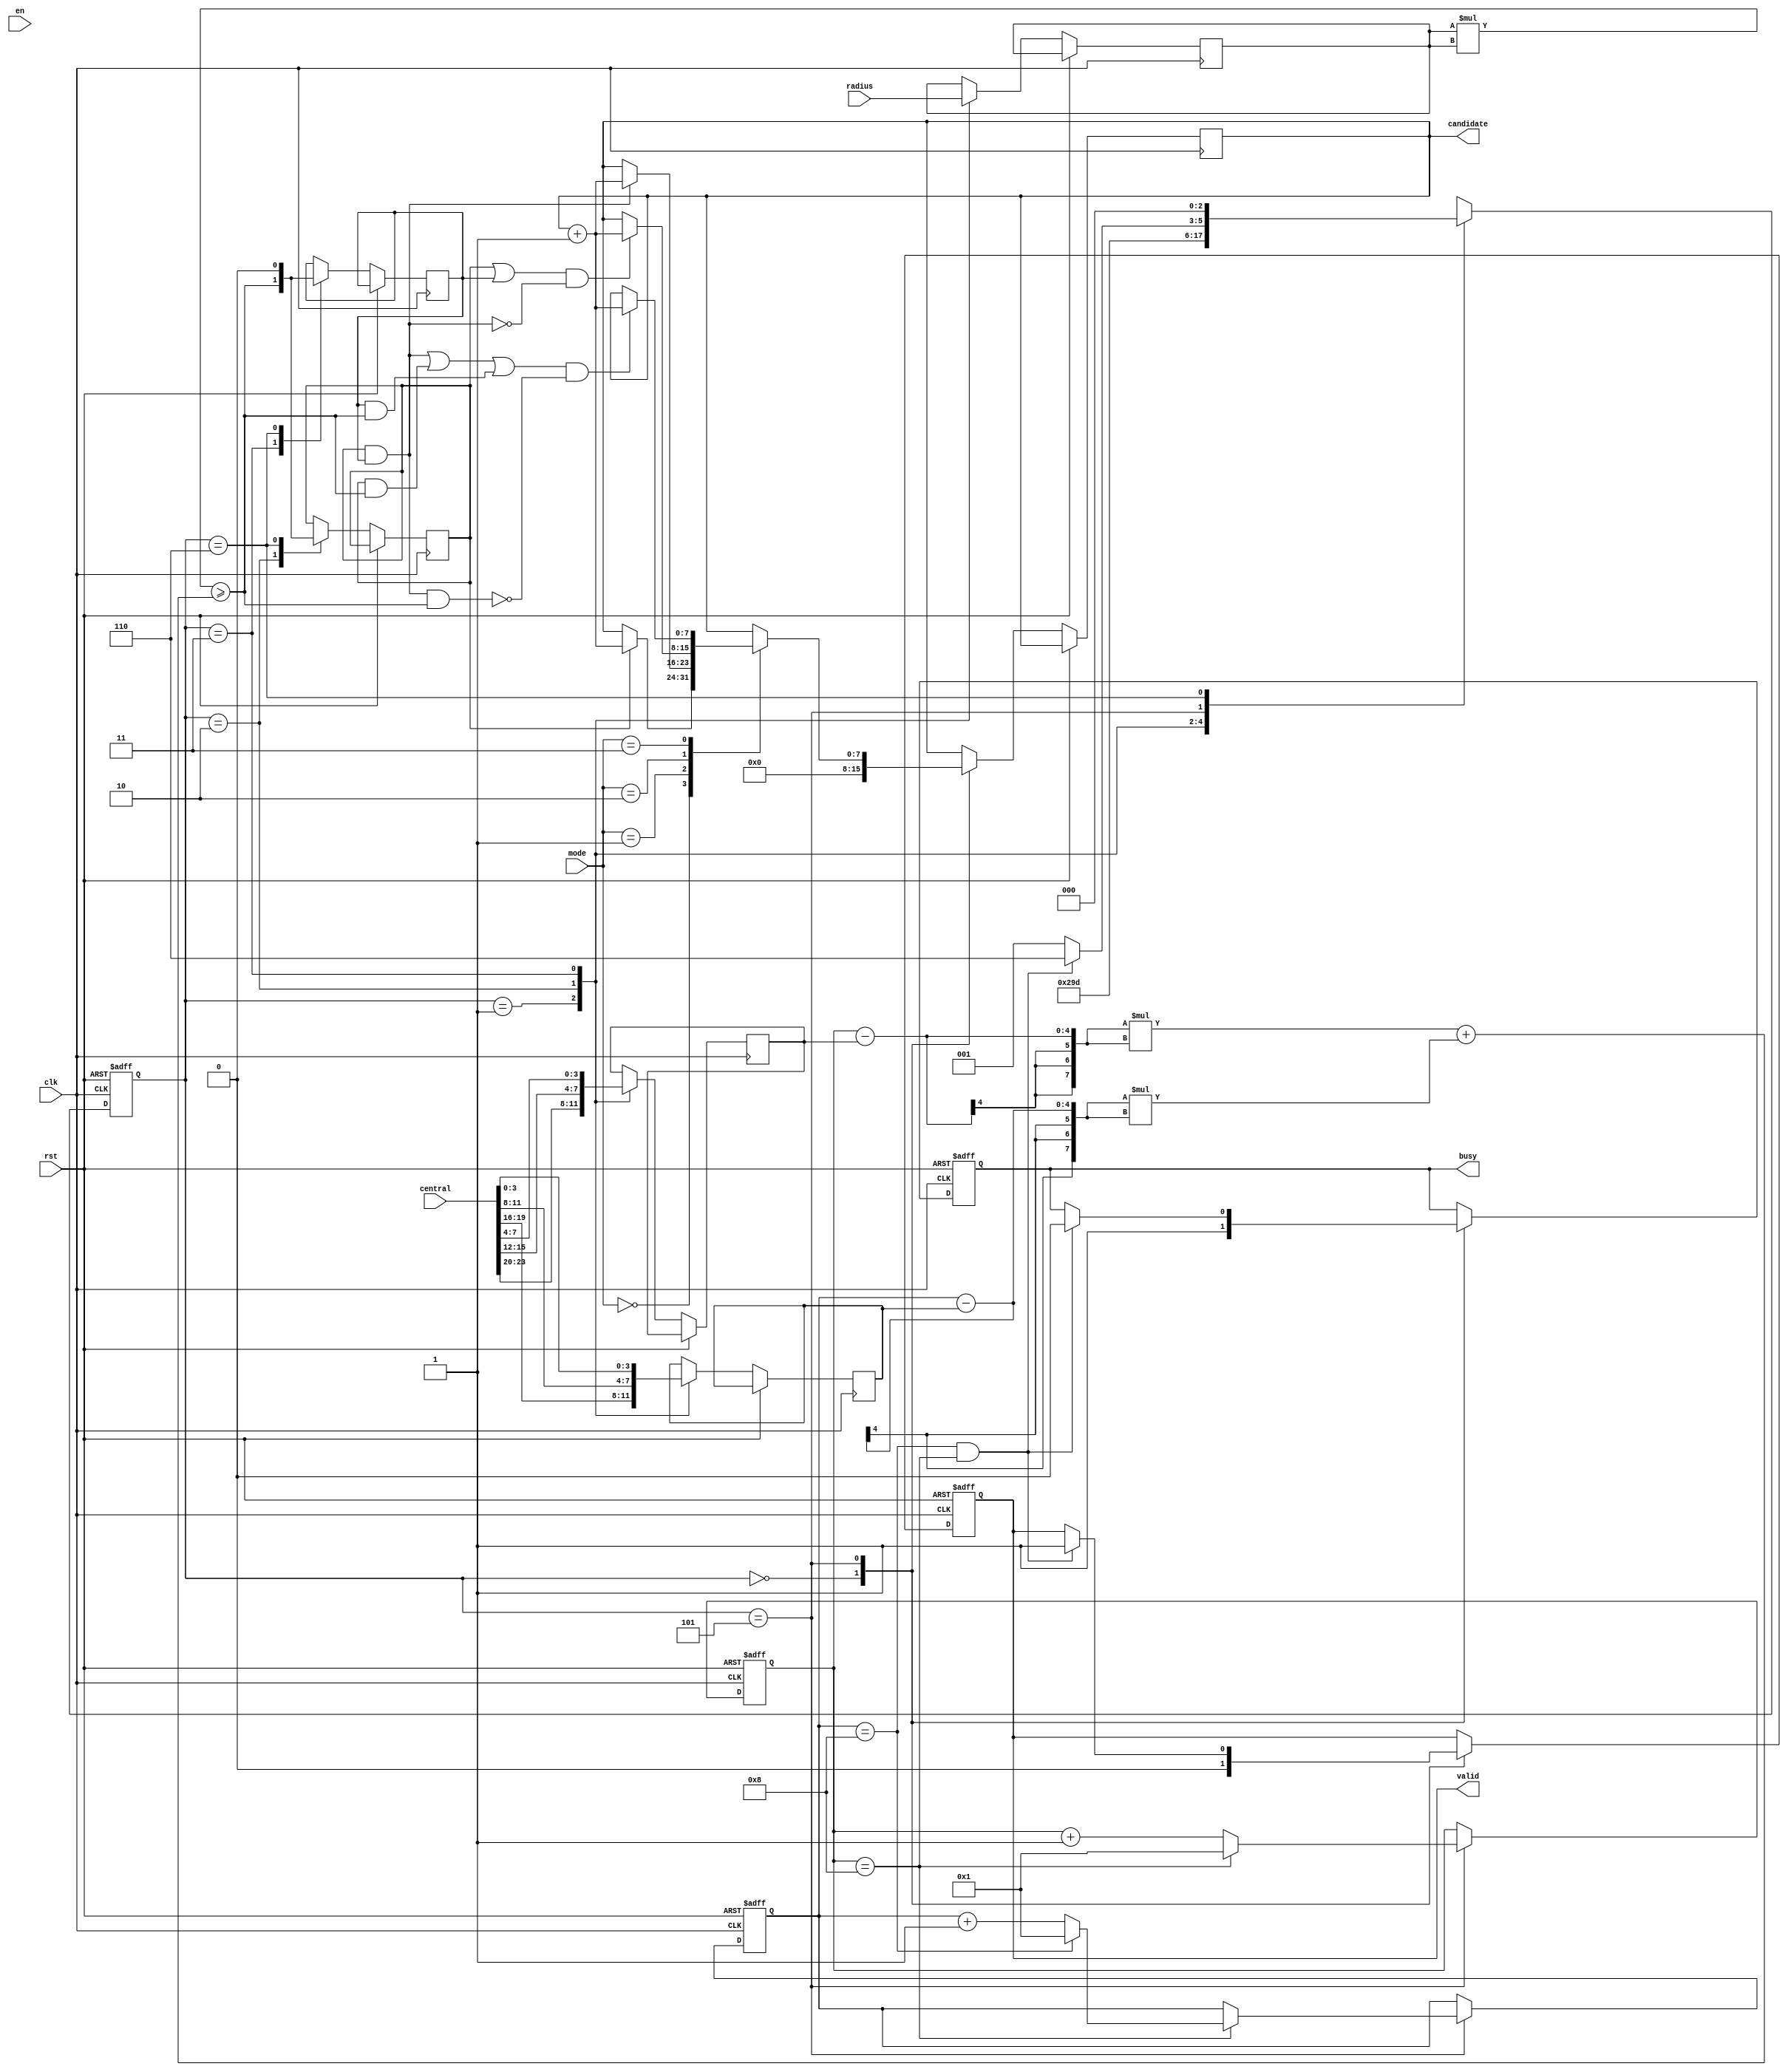
module SET ( clk , rst, en, central, radius, mode, busy, valid, candidate );

input clk, rst;
input en;
input [23:0] central;
input [11:0] radius;
input [1:0] mode;
output reg busy;
output reg valid;
output reg [7:0] candidate;

reg [2:0] nowState, nextState;
reg [3:0] nowX, nowY;

parameter ACCEPT_DATA   = 3'd0,
		  IN_1          = 3'd1,
		  IN_2          = 3'd2,
		  IN_3          = 3'd3,
		  IN_4          = 3'd4,
		  RESULT        = 3'd5,
		  BUFFER        = 3'd6;

reg  [3:0] Tx, Ty, Tr;
wire [7:0] part1 = (nowX-Tx);
wire [7:0] part2 = (nowY-Ty);
wire [7:0] distance = part1*part1 + part2*part2;
wire [7:0] RaSquare =  Tr * Tr;
 
wire In_en = (RaSquare>=distance);
reg InA, InB;

always@(posedge clk or posedge rst) begin
	if(rst)begin
		busy <= 0;
		nowX <= 1;
		nowY <= 1;
		valid <= 0;
		nowState <= ACCEPT_DATA;
	end
	else begin
		nowState <= nextState;
		case(nowState)
			ACCEPT_DATA:begin
				busy <= 1;
				valid <= 0;
				candidate <= 0;
			end
			IN_1:begin
				Tx <= central[23:20];
				Ty <= central[19:16];
				Tr <= radius [11:8 ];
			end
			IN_2:begin
				Tx <= central[15:12];
				Ty <= central[11:8 ];
				Tr <= radius [7 :4 ];
				InA <= In_en;
			end
			IN_3:begin
				Tx <= central[7 :4 ];
				Ty <= central[3 :0 ];
				Tr <= radius [3 :0 ];
				InB <= In_en;
			end
		    RESULT:begin
		    	if(nowX==8)begin
		    		nowX <= 1;
		    		nowY <= (nowY==8)? 1 : nowY + 1;
		    	end
		    	else begin
		    		nowX <= nowX + 1;
		    	end
		    	case(mode)
		    		2'b00: if(InA) candidate <= candidate + 1;
					2'b01: if(InA&&InB) candidate <= candidate + 1;
					2'b10: if( (InA||InB) && !(InA&&InB)) candidate <= candidate + 1;
					2'b11: if( ( (InA&&InB) || (InA&&In_en) || (InB&&In_en)) && !(InA&&InB&&In_en)) candidate <= candidate + 1;
		    	endcase
		    	if(nowY==8 && nowX==8)begin
		    		valid <= 1;
		    		busy <= 0;
		    	end
		    end
		    BUFFER:begin
		    	InA <= 0;
		    	InB <= 0;
		    end
		endcase
	end
end

always@(*) begin
	case(nowState)
		ACCEPT_DATA:begin
			nextState = IN_1;
		end
		IN_1:begin
			nextState = IN_2;
		end
		IN_2:begin
			nextState = IN_3;
		end
		IN_3:begin
			nextState = RESULT;
		end
	    RESULT:begin
	    	nextState = (nowY==8 && nowX==8)? BUFFER : IN_1;
	    end
	    BUFFER:begin
	    	nextState = ACCEPT_DATA;
	    end
	    default:begin
	    	nextState = 'hx;
	    end
	endcase	
end

endmodule